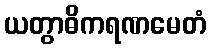
ယတွာဓိကရဏမေတံ